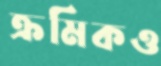
ক্রমিকও